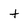
Character: t